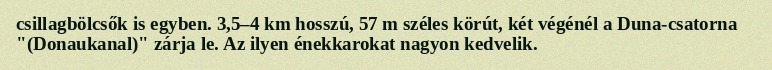
csillagbölcsők is egyben. 3,5–4 km hosszú, 57 m széles körút, két végénél a Duna-csatorna "(Donaukanal)" zárja le. Az ilyen énekkarokat nagyon kedvelik.